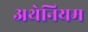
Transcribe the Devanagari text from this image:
अथेनियम